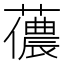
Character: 𧁓